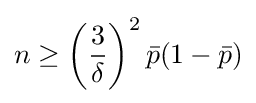
n\geq \left({\frac {3}{\delta }}\right)^{2}{\bar {p}}(1-{\bar {p}})